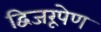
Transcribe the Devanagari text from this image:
द्विजरूपेण